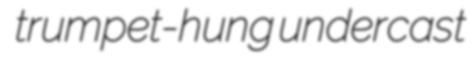
trumpet-hung undercast